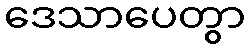
ဒေသာပေတွာ